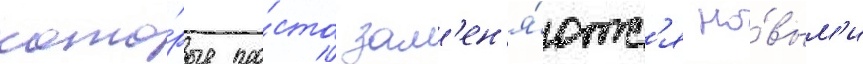
кото́рые про́сто зам'ен'я́ютс'я но́вым'и